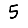
Digit: 5